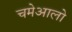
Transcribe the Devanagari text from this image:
चमेआलो